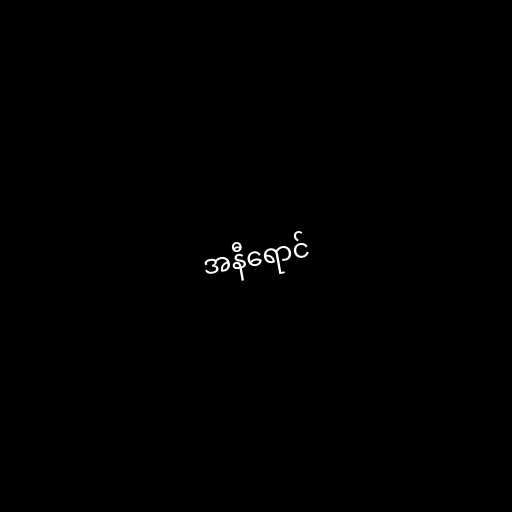
အနီရောင်